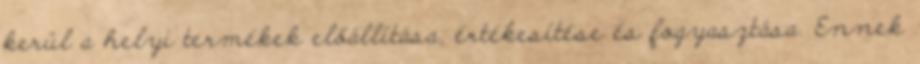
kerül a helyi termékek előállítása, értékesítése és fogyasztása. Ennek